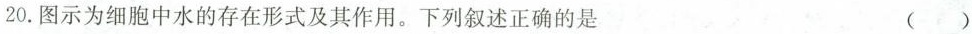
20.图示为细胞中水的存在形式及其作用。下列叙述正确的是 ()